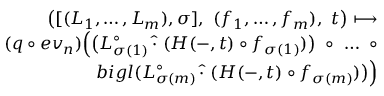
\begin{array} { r } { \bigl ( [ ( L _ { 1 } , \dots , L _ { m } ) , \sigma ] , \ ( f _ { 1 } , \dots , f _ { m } ) , \ t \bigr ) \longmapsto } \\ { ( q \circ e v _ { n } ) \Bigl ( \bigl ( L _ { \sigma ( 1 ) } ^ { \circ } \, \widehat { \cdot } \ ( H ( - , t ) \circ f _ { \sigma ( 1 ) } ) \bigr ) \ \circ \ \dots \ \circ } \\ { b i g l ( L _ { \sigma ( m ) } ^ { \circ } \, \widehat { \cdot } \ ( H ( - , t ) \circ f _ { \sigma ( m ) } ) \bigr ) \Bigr ) } \end{array}